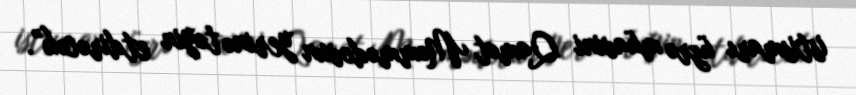
istismarı üzrə müavini Qamət Məmmədovun yerinə təyin etdirəcək”.